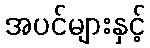
အပင်များနှင့်